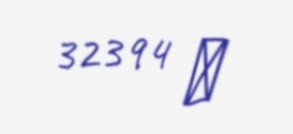
32394 ₼